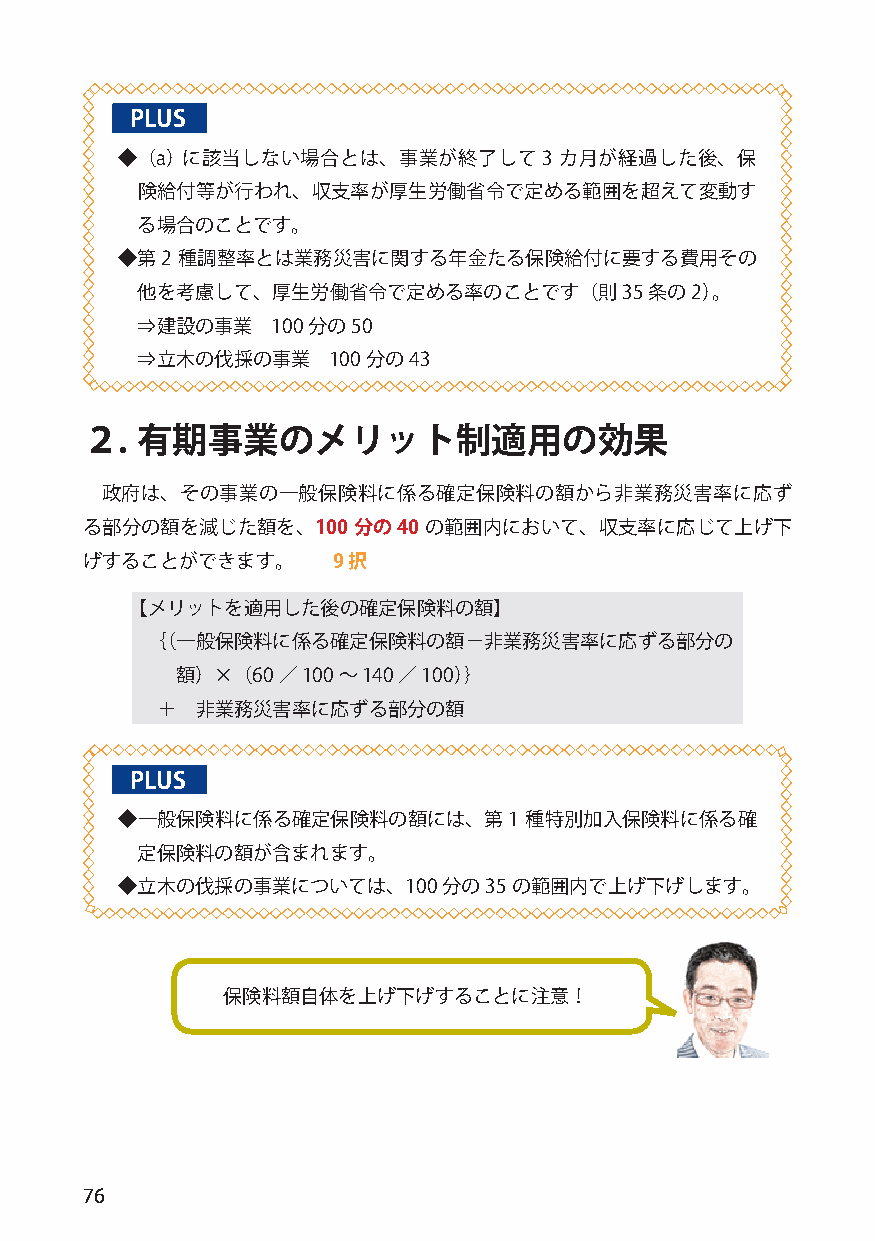
PLUS
 ◆（a） に該当しない場合とは、事業が終了して3     カ月が経過した後、保
 険給付等が行われ、収支率が厚生労働省令で定める範囲を超えて変動す
 る場合のことです。
 ◆第2 種調整率とは業務災害に関する年金たる保険給付に要する費用その
 他を考慮して、厚生労働省令で定める率のことです（則35       条の2）。
 ⇒建設の事業   100分の50
 ⇒立木の伐採の事業    100 分の43
 ２.  有期事業のメリット制適用の効果
 政府は、その事業の一般保険料に係る確定保険料の額から非業務災害率に応ず
 る部分の額を減じた額を、100   分の40 の範囲内において、収支率に応じて上げ下
 げすることができます。      9択
 【メリットを適用した後の確定保険料の額】
 ｛（一般保険料に係る確定保険料の額－非業務災害率に応ずる部分の
 額）×（60 ／ 100 ～ 140 ／ 100）｝
 ＋  非業務災害率に応ずる部分の額
 PLUS
 ◆一般保険料に係る確定保険料の額には、第1      種特別加入保険料に係る確
 定保険料の額が含まれます。
 ◆立木の伐採の事業については、100   分の35 の範囲内で上げ下げします。
 保険料額自体を上げ下げすることに注意！
 76